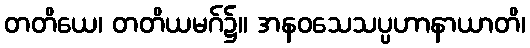
တတိယေ၊ တတိယမဂ်၌။ အနဝသေသပ္ပဟာနာယာတိ၊